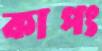
কাপং